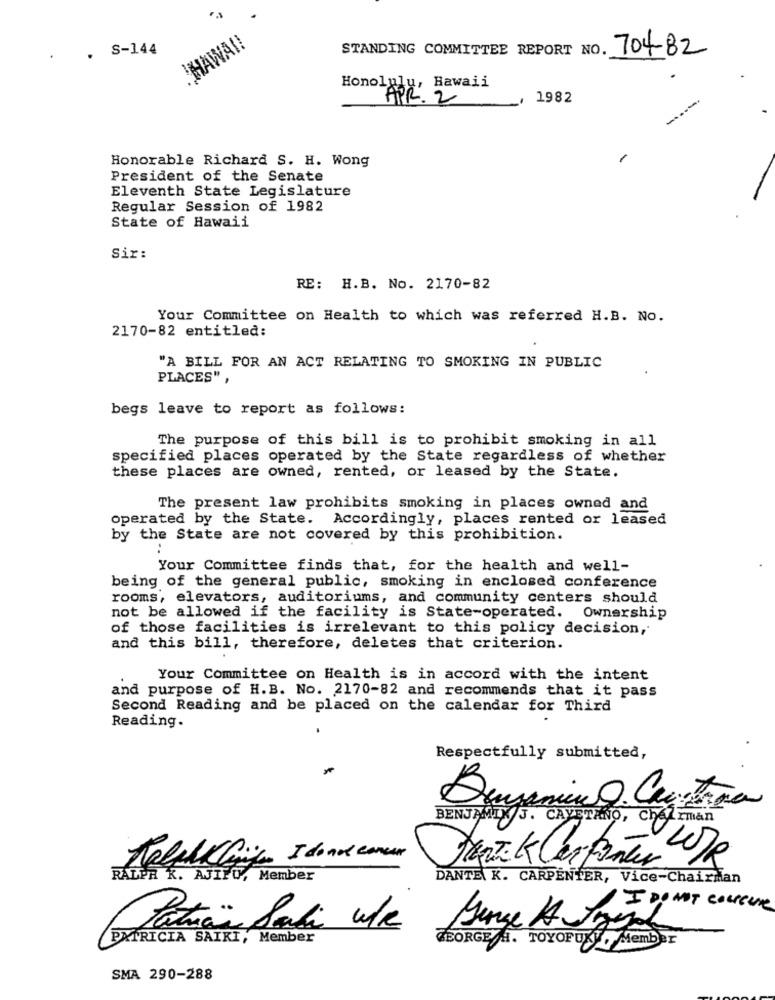
HAWAI!
. S-144
STANDING COMMITTEE REPORT NO. 704-82
.
Hawaii
Honolyok 2
1982
Honorable Richard S. H. Wong
President of the Senate
Eleventh State Legislature
Regular Session of 1982
State of Hawaii
Sir:
RE: H.B. No. 2170-82
Your Committee on Health to which was referred H.B. No.
2170-82 entitled:
"A BILL FOR AN ACT RELATING TO SMOKING IN PUBLIC
PLACES" ,
begs leave to report as follows:
The purpose of this bill is to prohibit smoking in all
specified places operated by the State regardless of whether
these places are owned, rented, or leased by the State.
The present law prohibits smoking in places owned and
operated by the State. Accordingly, places rented or leased
by the State are not covered by this prohibition.
Your Committee finds that, for the health and well-
being of the general public, smoking in enclosed conference
rooms, elevators, auditoriums, and community centers should
not be allowed if the facility is State-operated. Ownership
of those facilities is irrelevant to this policy decision,
and this bill, therefore, deletes that criterion.
Your Committee on Health is in accord with the intent
and purpose of H.B. No. 2170-82 and recommends that it pass
Second Reading and be placed on the calendar for Third
Reading.
Respectfully submitted,
BENJAMIN J. CAYETANO, CheIrman
Ralphklik I donde comer
RALPR K. AJILU, Member
DANTE K. CARPENTER, Vice-Chairman
Gange A Ingal
PATRICIA SAIKI, Member
GEORGE A. TOYOPUKY, Member
SMA 290-288